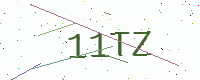
Text: 11TZ